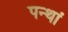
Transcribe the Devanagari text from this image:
पन्थां